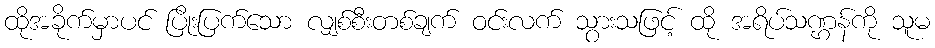
ထိုအခိုက်မှာပင် ပြိုးပြက်သော လျှစ်စီးတစ်ချက် ဝင်းလက် သွားသဖြင့် ထို အရိပ်သဏ္ဌန်ကို သူမ